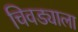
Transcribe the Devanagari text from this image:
चिवड्याला